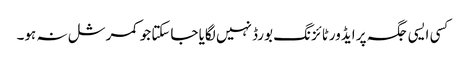
کسی ایسی جگہ پر ایڈورٹائزنگ بورڈ نہیں لگایا جاسکتا جو کمرشل نہ ہو۔